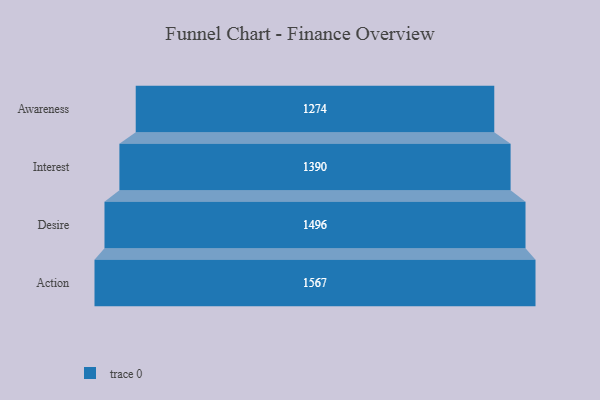
{"axis": {"x": "Stage", "y": "Value"}, "legend": [""], "data": [{"x": "Awareness", "y": 1274.0, "type": ""}, {"x": "Interest", "y": 1390.0, "type": ""}, {"x": "Desire", "y": 1496.0, "type": ""}, {"x": "Action", "y": 1567.0, "type": ""}]}